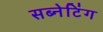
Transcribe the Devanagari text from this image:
सब्नेटिंग